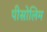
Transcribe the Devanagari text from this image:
पीसोलिम